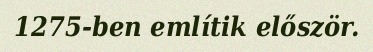
1275-ben említik először.